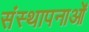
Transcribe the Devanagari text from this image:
संस्‍थापनाओं